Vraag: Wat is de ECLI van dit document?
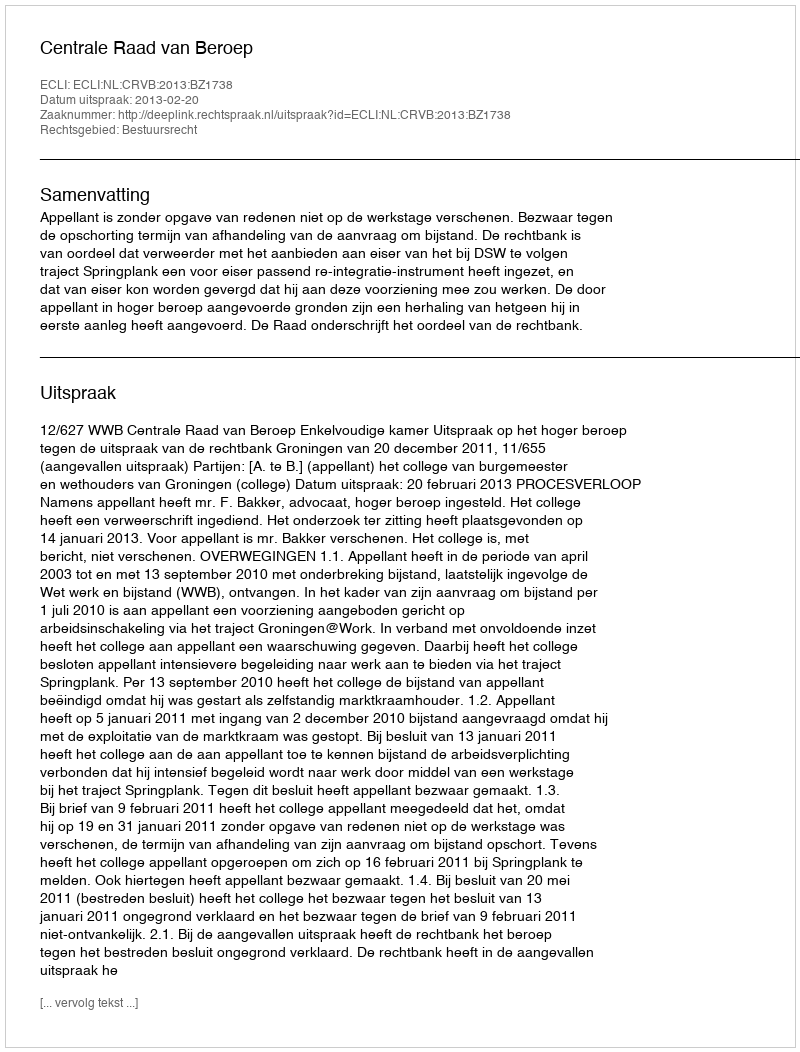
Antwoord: ECLI:NL:CRVB:2013:BZ1738